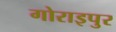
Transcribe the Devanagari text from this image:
गोराइपुर